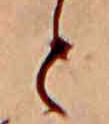
と